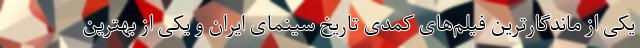
یکی از ماندگارترین فیلم‌های کمدی تاریخ سینمای ایران و یکی از بهترین